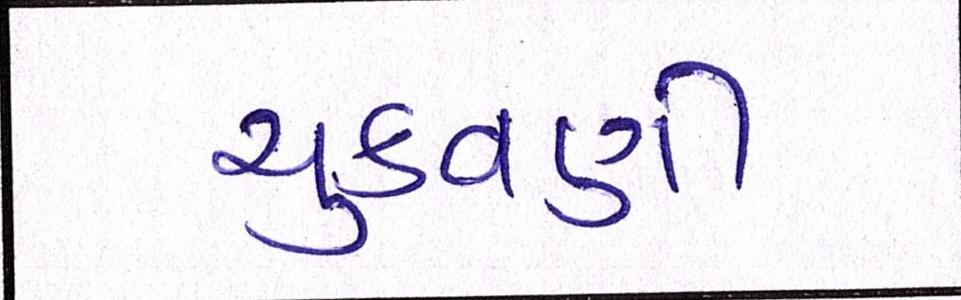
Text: ચુકવણી